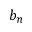
b _ { n }